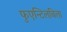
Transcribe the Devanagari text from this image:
फुएन्टिलबिला